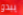
يبدو